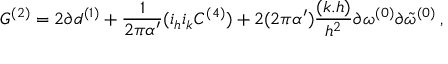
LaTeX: { \cal G } ^ { ( 2 ) } = 2 \partial d ^ { ( 1 ) } + \frac { 1 } { 2 \pi \alpha ^ { \prime } } ( i _ { h } i _ { k } C ^ { ( 4 ) } ) + 2 ( 2 \pi \alpha ^ { \prime } ) \frac { ( k . h ) } { h ^ { 2 } } \partial \omega ^ { ( 0 ) } \partial { \tilde { \omega } } ^ { ( 0 ) } \, ,